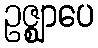
ဥဇ္ဈာပေ